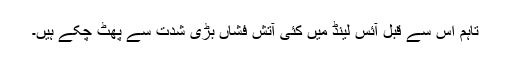
تاہم اس سے قبل آئس لینڈ میں کئی آتش فشاں بڑی شدت سے پھٹ چکے ہیں۔